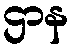
ဌာန